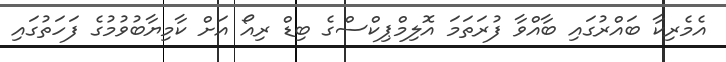
އެމެރިކާ ބައްރުގައި ބާއްވާ ފުރަތަމަ އޮލިމްޕިކްސްގެ ބިޑް ރިއޯ އަށް ކާމިޔާބުވުމުގެ ފަހަތުގައި